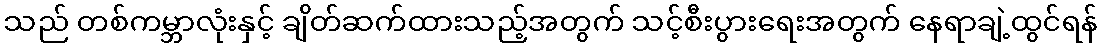
သည် တစ်ကမ္ဘာလုံးနှင့် ချိတ်ဆက်ထားသည့်အတွက် သင့်စီးပွားရေးအတွက် နေရာချဲ့ထွင်ရန်